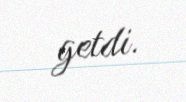
getdi.